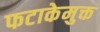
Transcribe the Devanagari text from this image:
फटाकेमुक्त